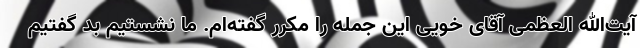
آیت‌الله العظمی آقای خویی این جمله را مکرر گفته‌ام. ما نشستیم بد گفتیم